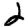
Digit: 2